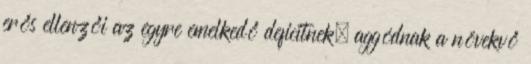
erős ellenzői az egyre emelkedő deficitnek; aggódnak a növekvő